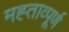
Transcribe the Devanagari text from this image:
मह्ताव्पूर्ण